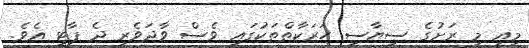
މިއީ މި ރަށުގެ ސިޔާސީ ހަރަކާތްތަކުގައި ވެސް ވާދަވެރި ދެ ޕާޓީ އެވެ.